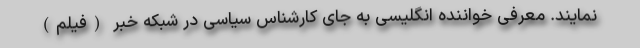
نمایند. معرفی خواننده انگلیسی به جای کارشناس سیاسی در شبکه خبر (فیلم)